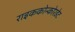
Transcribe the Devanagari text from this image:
राइककोन्कोरडेट